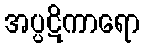
အပ္ပဋိကာရော